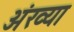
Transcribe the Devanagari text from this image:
अंख्या